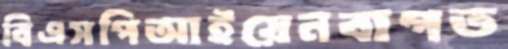
বিএসপিআইয়েনবাগত